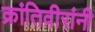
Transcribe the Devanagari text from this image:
क्रांतिवीरांनी